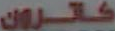
كاترون